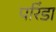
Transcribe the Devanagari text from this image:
परिंडा